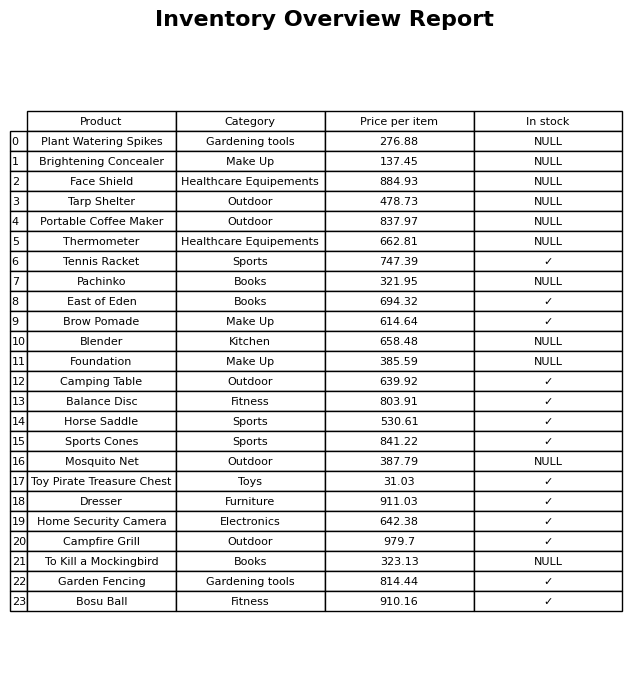
question: What is the price for Dresser?
answer: The price of Dresser is 911.03.